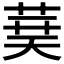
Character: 𦴐